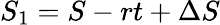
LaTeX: S_{1}=S-rt+\Delta S